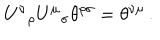
U ^ { \nu } { } _ { \rho } U ^ { \mu } { } _ { \sigma } \theta ^ { \rho \sigma } = \theta ^ { \nu \mu } \, .